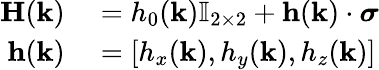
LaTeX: \begin{array}{rl}{\mathbf{H}(\mathbf{k})}&{{}=h_{0}(\mathbf{k})\mathbb{I}_{2\times 2}+\mathbf{h}(\mathbf{k})\cdot{\boldsymbol\sigma}}\\ {\mathbf{h}(\mathbf{k})}&{{}=[h_{x}(\mathbf{k}),h_{y}(\mathbf{k}),h_{z}(\mathbf{k})]}\end{array}